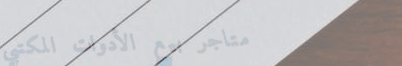
متاجر بيع الأدوات المكتبي